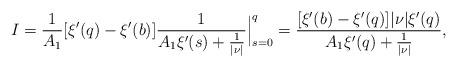
LaTeX: \begin{align*}I = \frac1{A_1}[\xi'(q)-\xi'(b)]\frac1{A_1\xi'(s)+\frac1{|\nu|}}\Big|_{s=0}^q = \frac{[\xi'(b)-\xi'(q)]|\nu| \xi'(q)}{ A_1 \xi'(q)+\frac1{|\nu|}},\end{align*}